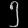
Digit: ၅